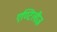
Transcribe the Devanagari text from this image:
एण्टिलीज़